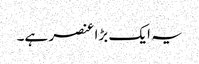
یہ ایک بڑا عنصر ہے۔